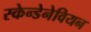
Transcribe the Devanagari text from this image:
स्केन्डेनेवियन